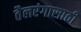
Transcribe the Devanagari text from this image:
तैलरंगासाठी